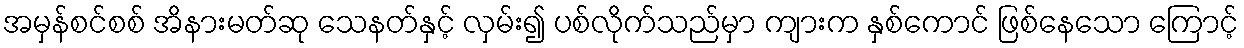
အမှန်စင်စစ် အိနားမတ်ဆု သေနတ်နှင့် လှမ်း၍ ပစ်လိုက်သည်မှာ ကျားက နှစ်ကောင် ဖြစ်နေသော ကြောင့်